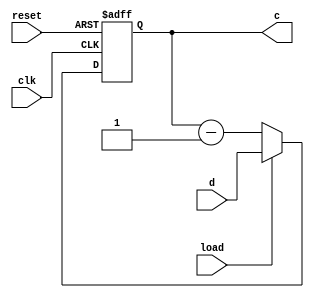
module counter(
	input [15:0]d,
	input load, clk, reset,
	output reg [15:0]c);
	
	always @(posedge clk or posedge reset) begin
		if(reset) begin
			c <= 16'h0000; 
		end
		else if (load) begin
			c <= d;
		end
		else
			c <= c - 16'h0001;
	end
endmodule